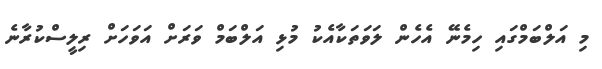
މި އަލްބަމްގައި ހިމެނޭ އެހެން ލަވަތަކާއެކު މުޅި އަލްބަމް ވަރަށް އަވަހަށް ރިލީސްކުރާނެ